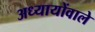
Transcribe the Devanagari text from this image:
अध्यायोंवाले